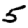
Digit: 5